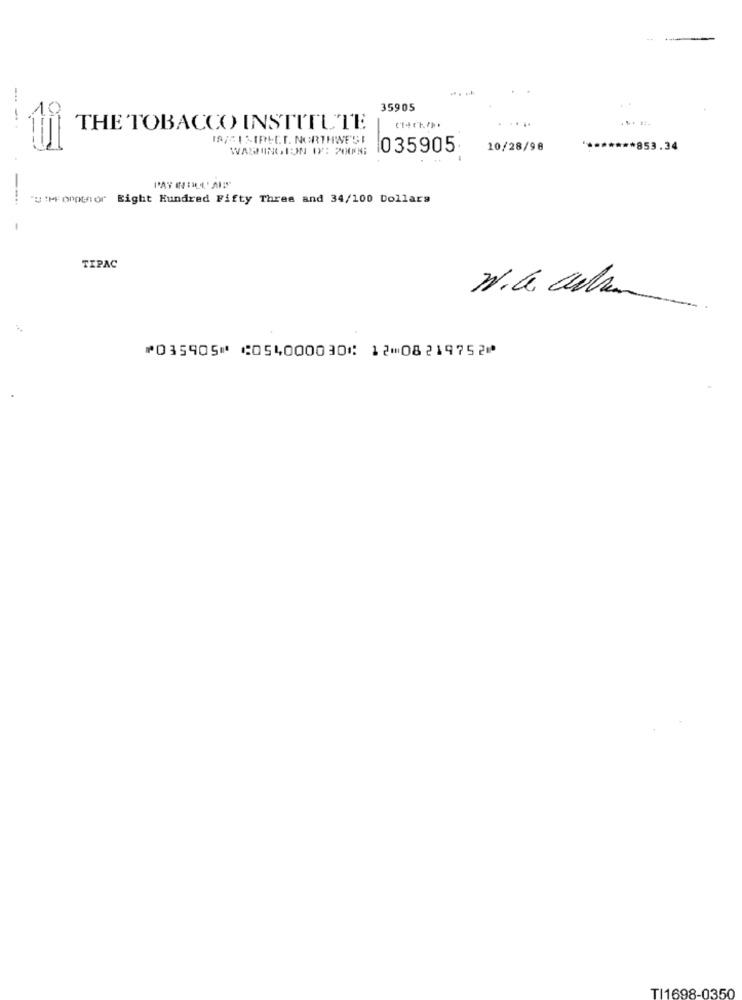
35905
----
THE TOBACCO INSTITUTE
18/ 1SIRLET. NORTHWEST
WASHINGTON DE 200
035905.
10/28/98
** 853.34
---
"u 'M'optfor Eight Hundred Fifty Three and 34/100 Dollars
-
TIPAC
⑈035905⑈ ⑆054000030⑆ 12⑉08219752⑈
TI1698-0350